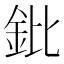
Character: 鈚